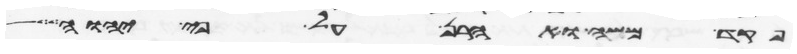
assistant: פקד משה ואהרן על פי יהוה